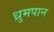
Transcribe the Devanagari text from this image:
ध्रुमपान